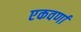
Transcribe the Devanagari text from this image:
एकवर्णा